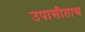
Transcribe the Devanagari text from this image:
उपासीताथ